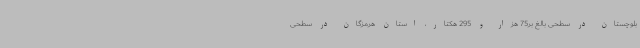
بلوچستان در سطحی بالغ بر75 هزار و 295 هکتار، استان هرمزگان در سطحی